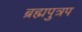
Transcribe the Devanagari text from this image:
ब्रह्मपुत्रप